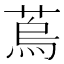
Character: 𦶀